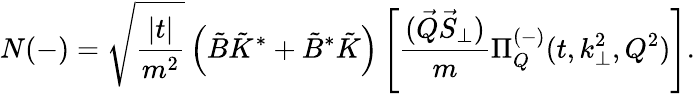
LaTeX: N(-)=\sqrt{\frac{|t|}{m^{2}}}\left(\tilde{B}\tilde{K}^{*}+\tilde{B}^{*}\tilde{K}\right)\left[\frac{(\vec{Q}\vec{S}_{\perp})}{m}\Pi_{Q}^{(-)}(t,k_{\perp}^{2},Q^{2})\right].